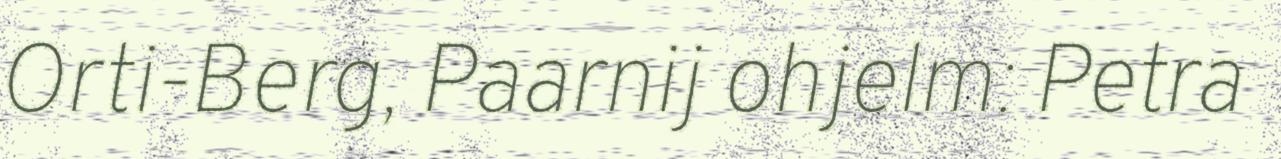
Orti-Berg, Paarnij ohjelm: Petra